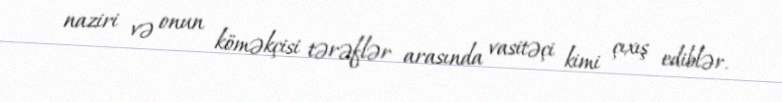
naziri və onun köməkçisi tərəflər arasında vasitəçi kimi çıxış ediblər.